Insane asylums in Bengal annual reports 1867-1875 - 1867-1875
Year: 1867
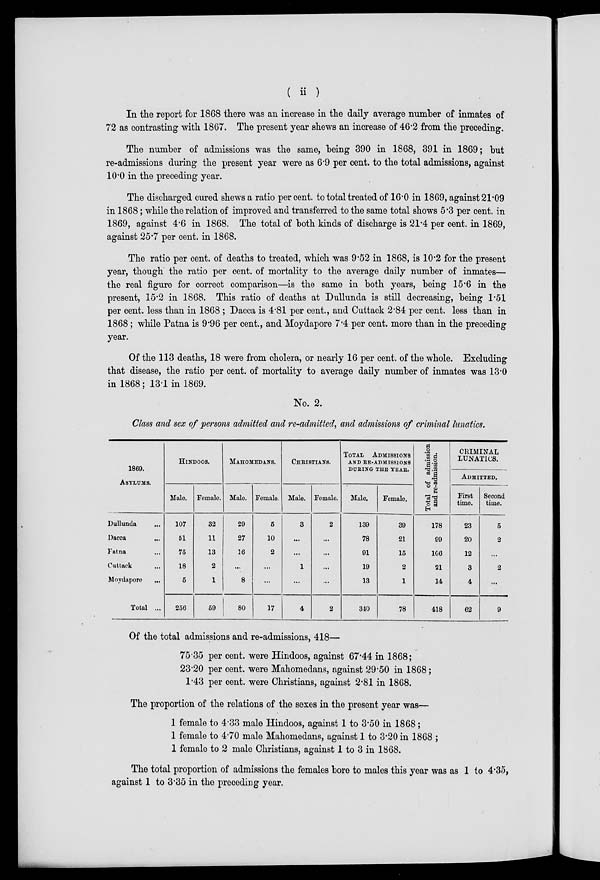
( ii )
In the report for 1868 there was an increase in the daily average number of inmates of
72 as contrasting with 1867. The present year shews an increase of 46.2 from the preceding.
The number of admissions was the same, being 390 in 1868, 391 in 1869; but
re-admissions during the present year were as 6.9 per cent. to the total admissions, against
10.0 in the preceding year.
The discharged cured shews a ratio per cent. to total treated of 16.0 in 1869, against 21.09
in 1868; while the relation of improved and transferred to the same total shows 5.3 per cent. in
1869, against 4.6 in 1868. The total of both kinds of discharge is 21.4 per cent. in 1869,
against 25.7 per cent. in 1868.
The ratio per cent. of deaths to treated, which was 9.52 in 1868, is 10.2 for the present
year, though the ratio per cent. of mortality to the average daily number of inmates—
the real figure for correct comparison—is the same in both years, being 15.6 in the
present, 15.2 in 1868. This ratio of deaths at Dullunda is still decreasing, being 1.51
per cent. less than in 1868; Dacca is 4.81 per cent., and Cuttack 2.84 per cent. less than in
1868; while Patna is 9.96 per cent., and Moydapore 7.4 per cent. more than in the preceding
year.
Of the 113 deaths, 18 were from cholera, or nearly 16 per cent. of the whole. Excluding
that disease, the ratio per cent. of mortality to average daily number of inmates was 13.0
in 1868; 13.1 in 1869.
No. 2.
Class and sex of persons admitted and re-admitted, and admissions of criminal lunatics.
1869.
ASYLUMS.
Dullunda ...
Dacca ...
Patna ...
Cuttack ...
Moydapore
...
Total ...
HINDOOS.
Male.
107
51
75
18
5
256
Female.
32
11
13
2
1
59
MAHOMEDANS.
Male.
29
27
16
...
8
80
Female.
5
10
2
...
...
17
CHRISTIANS.
Male.
3
...
...
1
...
4
Female.
2
...
...
...
...
2
TOTAL ADMISSIONS
AND RE-ADMISSIONS
DURING THE YEAR.
Male.
139
78
91
19
13
340
Female.
39
21
15
2
1
78
Total of admission
and re-admission.
178
99
106
21
14
418
CRIMINAL
LUNATICS.
Admitted.
First
time.
23
20
12
3
4
62
Second
time.
5
2
...
2
...
9
Of the total admissions and re-admissions, 418—
75.35 per cent. were Hindoos, against 67.44 in 1868;
23.20 per cent. were Mahomedans, against 29.50 in 1868;
1.43 per cent. were Christians, against 2.81 in 1868.
The proportion of the relations of the sexes in the present year was—
1 female to 4.33 male Hindoos, against 1 to 3.50 in 1868;
1 female to 4.70 male Mahomedans, against 1 to 3.20 in 1868;
1 female to 2 male Christians, against 1 to 3 in 1868.
The total proportion of admissions the females bore to males this year was as 1 to 4.35,
against 1 to 3.35 in the preceding year.